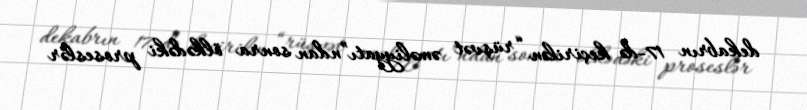
dekabrın 17-də keçirilən “rüşvət əməliyyatı”ndan sonra ölkədəki proseslər